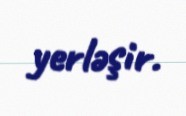
yerləşir.